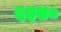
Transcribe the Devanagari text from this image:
६३४०